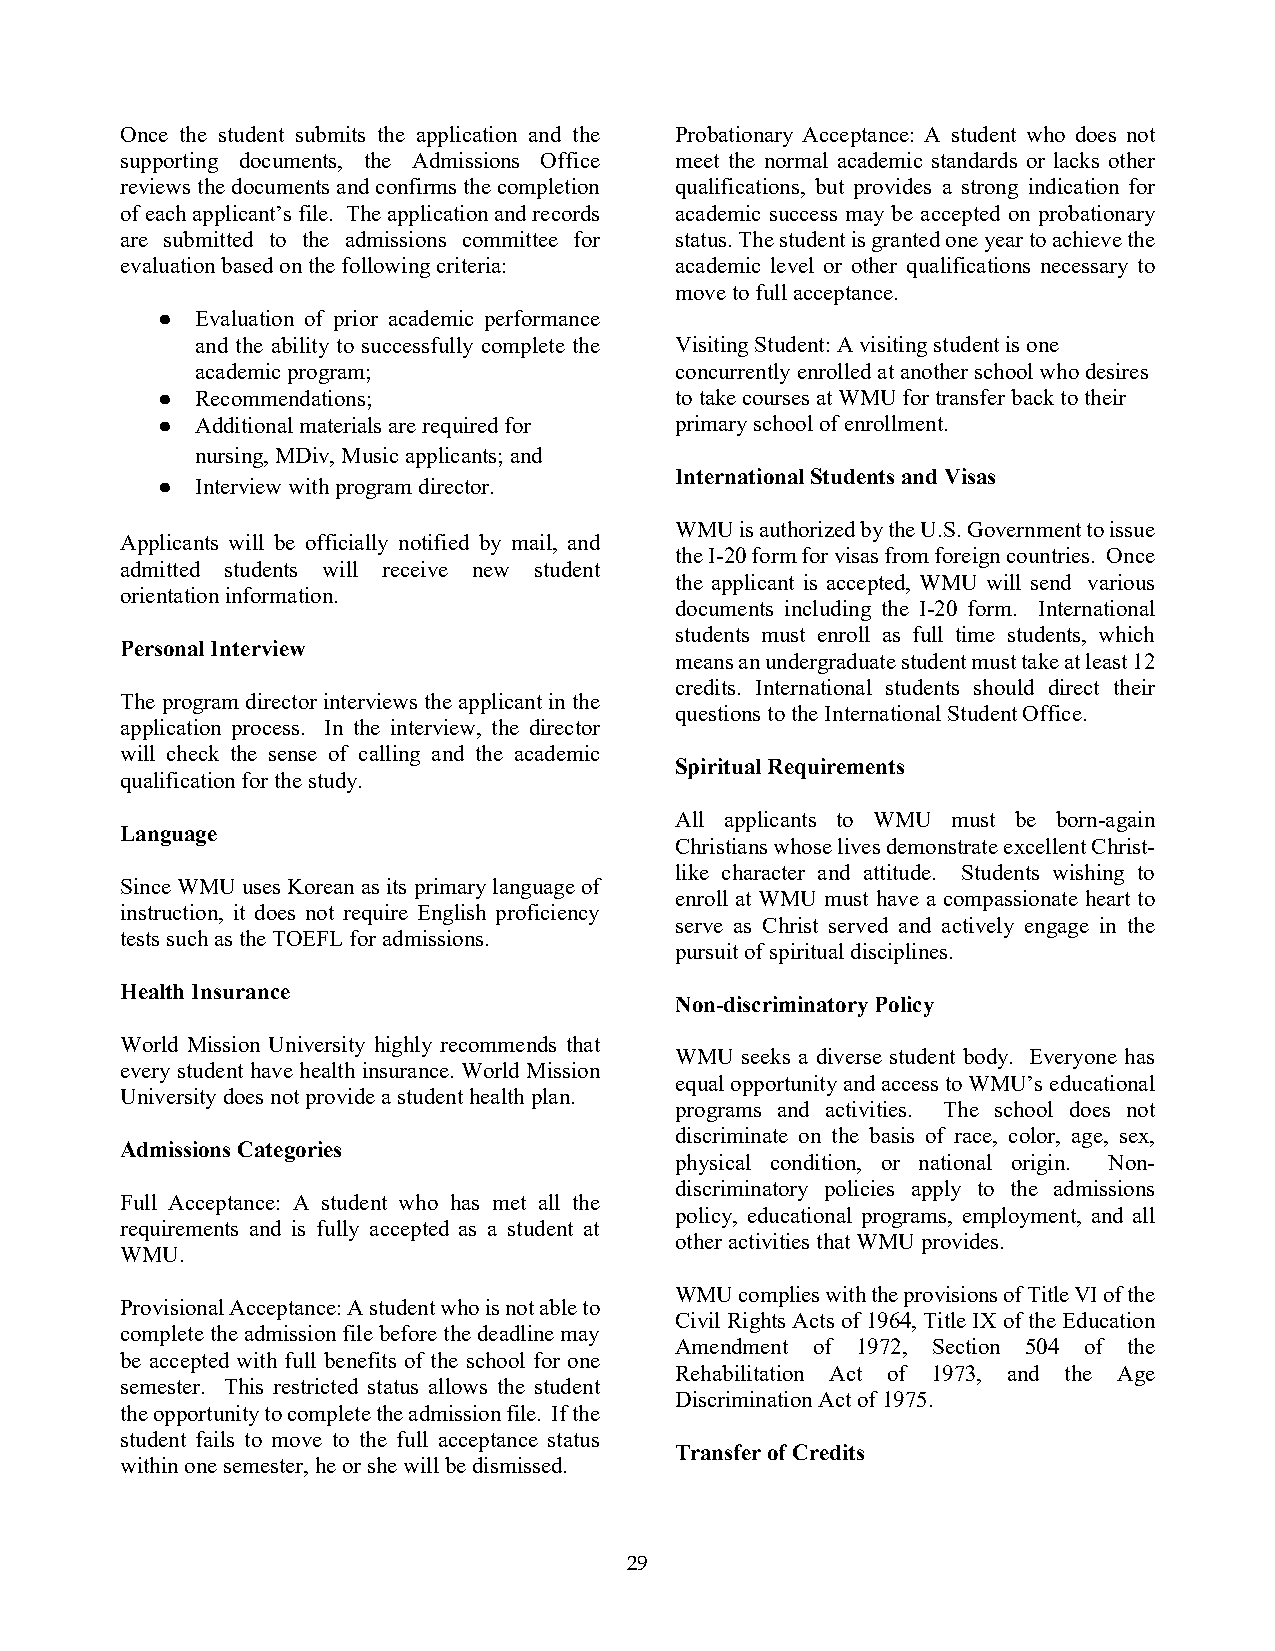
Once the student submits the application and the Probationary Acceptance: A student who does not
 supporting documents, the Admissions Office meet the normal academic standards or lacks other
 reviews the documents and confirms the completion qualifications, but provides a strong indication for
 of each applicant’s file. The application and records academic success may be accepted on probationary
 are submitted to the admissions committee for status. The student is granted one year to achieve the
 evaluation based on the following criteria: academic level or other qualifications necessary to
 move to full acceptance.
 ●  Evaluation of prior academic performance
 and the ability to successfully complete the Visiting Student: A visiting student is one
 academic program;               concurrently enrolled at another school who desires
 ●  Recommendations;                to take courses at WMU for transfer back to their
 ●  Additional materials are required for primary school of enrollment.
 nursing, MDiv, Music applicants; and
 International Students and Visas
 ●  Interview with program director.
 WMU is authorized by the U.S. Government to issue
 Applicants will be officially notified by mail, and
 the I-20 form for visas from foreign countries. Once
 admitted students will receive new student
 the applicant is accepted, WMU will send various
 orientation information.
 documents including the I-20 form. International
 students must enroll as full time students, which
 Personal Interview
 means an undergraduate student must take at least 12
 credits. International students should direct their
 The program director interviews the applicant in the
 questions to the International Student Office.
 application process. In the interview, the director
 will check the sense of calling and the academic
 Spiritual Requirements
 qualification for the study.
 All applicants to WMU must be born-again
 Language
 Christians whose lives demonstrate excellent Christ-
 like character and attitude. Students wishing to
 Since WMU uses Korean as its primary language of
 enroll at WMU must have a compassionate heart to
 instruction, it does not require English proficiency
 serve as Christ served and actively engage in the
 tests such as the TOEFL for admissions.
 pursuit of spiritual disciplines.
 Health Insurance
 Non-discriminatory Policy
 World Mission University highly recommends that
 WMU seeks a diverse student body. Everyone has
 every student have health insurance. World Mission
 equal opportunity and access to WMU’s educational
 University does not provide a student health plan.
 programs and activities. The school does not
 discriminate on the basis of race, color, age, sex,
 Admissions Categories
 physical condition, or national origin. Non-
 discriminatory policies apply to the admissions
 Full Acceptance: A student who has met all the
 policy, educational programs, employment, and all
 requirements and is fully accepted as a student at
 other activities that WMU provides.
 WMU.
 WMU complies with the provisions of Title VI of the
 Provisional Acceptance: A student who is not able to
 Civil Rights Acts of 1964, Title IX of the Education
 complete the admission file before the deadline may
 Amendment of 1972, Section 504 of the
 be accepted with full benefits of the school for one
 Rehabilitation Act of 1973, and the Age
 semester. This restricted status allows the student
 Discrimination Act of 1975.
 the opportunity to complete the admission file. If the
 student fails to move to the full acceptance status
 Transfer of Credits
 within one semester, he or she will be dismissed.
 29